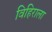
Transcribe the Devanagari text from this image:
विहिराला